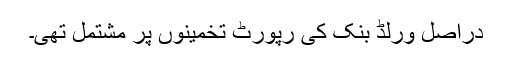
دراصل ورلڈ بنک کی رپورٹ تخمینوں پر مشتمل تھی۔